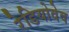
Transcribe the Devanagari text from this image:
रेडियोवेव